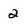
Character: 2